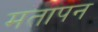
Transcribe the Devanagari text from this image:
मतापन